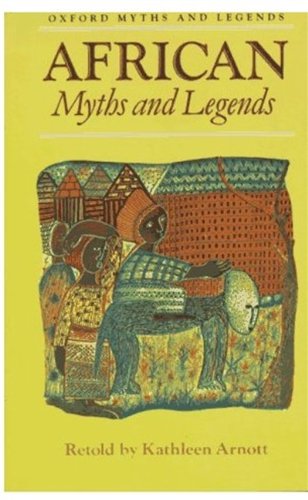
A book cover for African Myths and Legends (Oxford Myths and Legends); Kathleen Arnott; Children's Books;